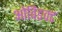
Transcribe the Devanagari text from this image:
ओविडक्ट